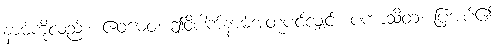
နာမ်ကိုလည်း။ ဧဝမေဝ၊ ဤဝိပါက်နာမ်အတူပင်လျှင်။ ပကာသိတံ၊ ပြအပ်၏။